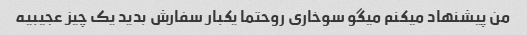
من پیشنهاد میکنم میگو سوخاری رو‌حتما یکبار سفارش بدید یک چیز عجیبیه